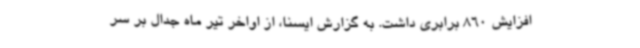
افزایش 860 برابری داشت. به گزارش ایسنا، از اواخر تیر ماه جدال بر سر